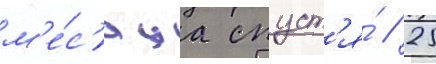
м'е́с'яца спуст'я́ / 25